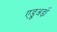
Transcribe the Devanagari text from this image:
एडूअर्ड़ो